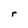
Character: r